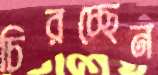
চিরচ্ছেন